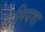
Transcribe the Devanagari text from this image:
बलियवा